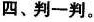
四、判一判。